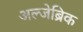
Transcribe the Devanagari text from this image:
अल्जेब्रिक